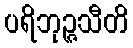
ပရိဘုဉ္ဇသီတိ